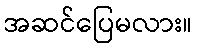
အဆင်ပြေမလား။